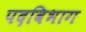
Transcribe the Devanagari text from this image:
पदविभाग